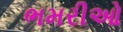
ભમરીઓ